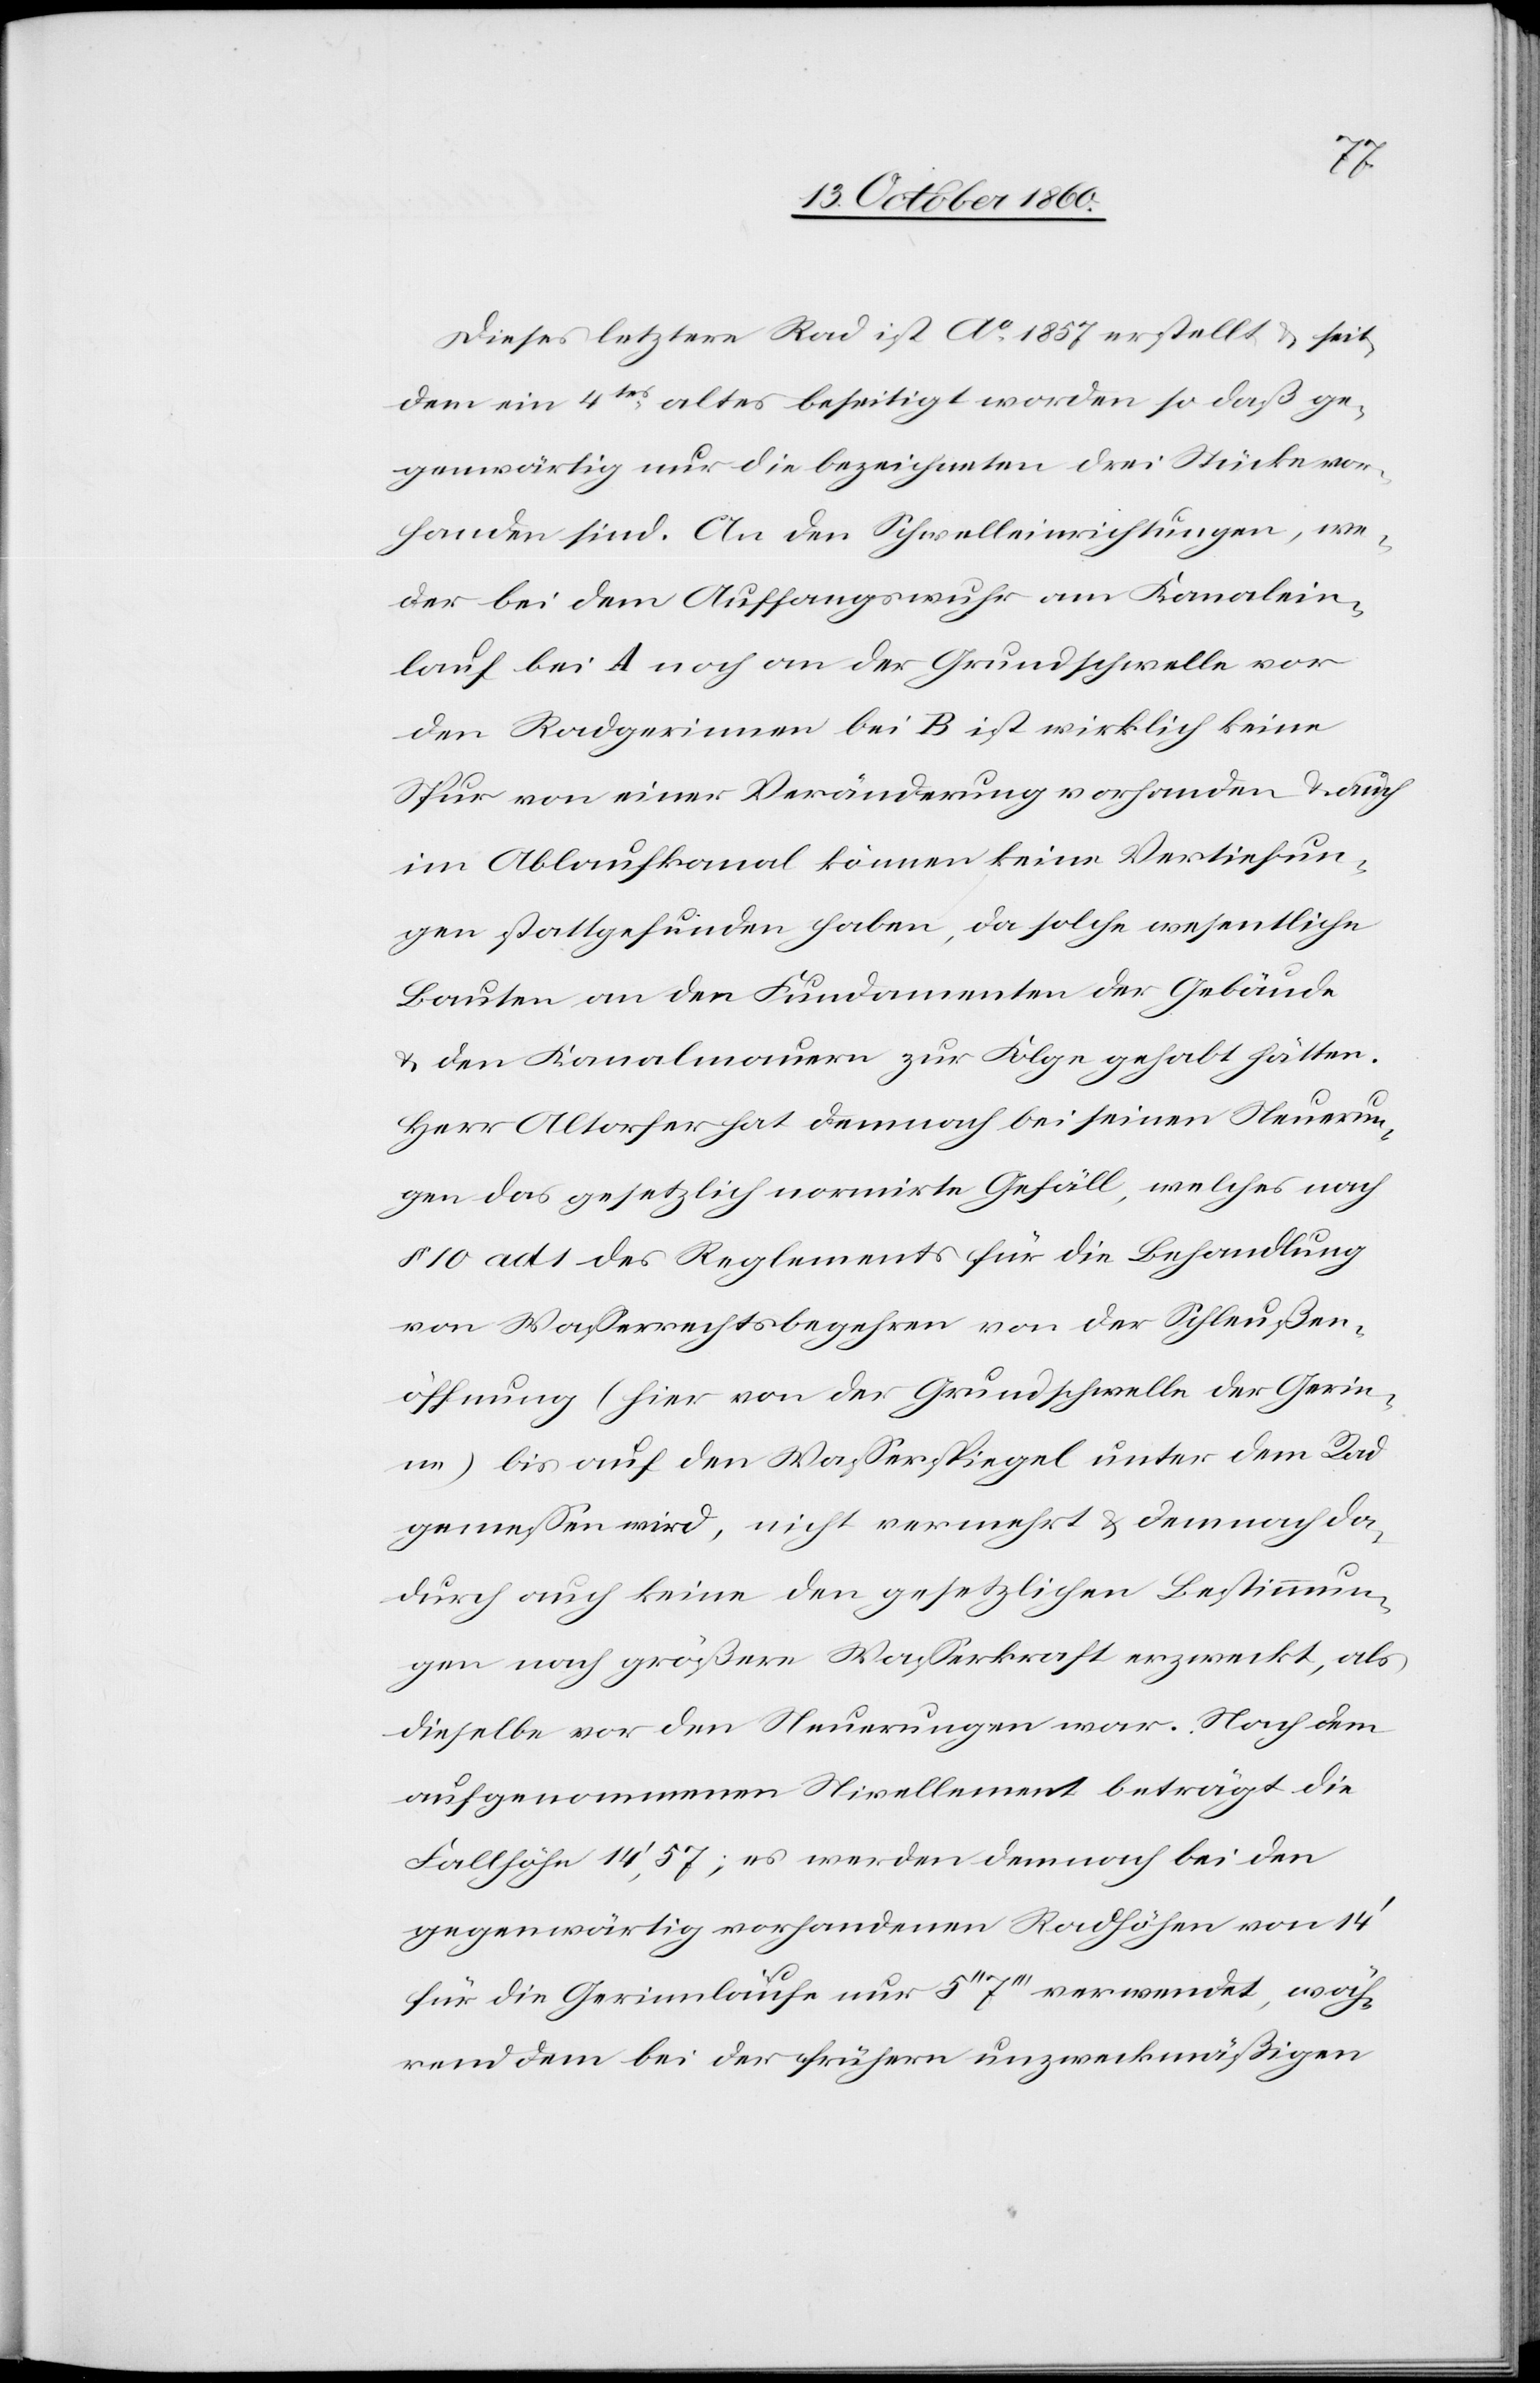
Dieses letztere Rad ist Ao 1857 erstellt u. seit
dem ein 4tes altes beseitigt worden so daß ge¬
genwärtig nur die bezeichneten drei Stücke vor¬
handen sind. An den Schwelleinrichtungen, we¬
der bei dem Auffangswuhr am Kanalein¬
lauf bei A noch an der Grundschwelle vor
den Radgerinnen bei B ist wirklich keine
Spur von einer Veränderung vorhanden u. auch
im Ablaufkanal können keine Vertiefun¬
gen stattgefunden haben, da solche wesentlichen
Bauten an den Fundamenten der Gebäude
u. den Kanalmauern zur Folge gehabt hätten.
Herr Altorfer hat demnach bei seinen Steuerun¬
gen das gesetzlich normirte Gefäll, welches nach
§ 10 ad 1 des Reglements für die Behandlung
von Wasserrechtsbegehren von der Schleußen¬
öffnung (hier von der Grundschwelle der Gerin¬
ne) bis auf den Wasserspiegel unter dem Rad
gemessen wird, nicht vermehrt u. demnach da¬
durch auch keine den gesetzlichen Bestimmun¬
gen nach größere Wasserkraft erzweckt, als
dieselbe vor den Steuerungen war. Nach dem
aufgenommenen Nivellement beträgt die
Fallhöhe 14’,57; es werden demnach bei den
gegenwärtig vorhandenen Radhöhen von 14’
für die Gerinnläufe nur 5’’ 7’’’ verwendet, wäh¬
renddem bei der frühern unzweckmäßigen